Malaria in India - Number 2
Disease focus: Malaria
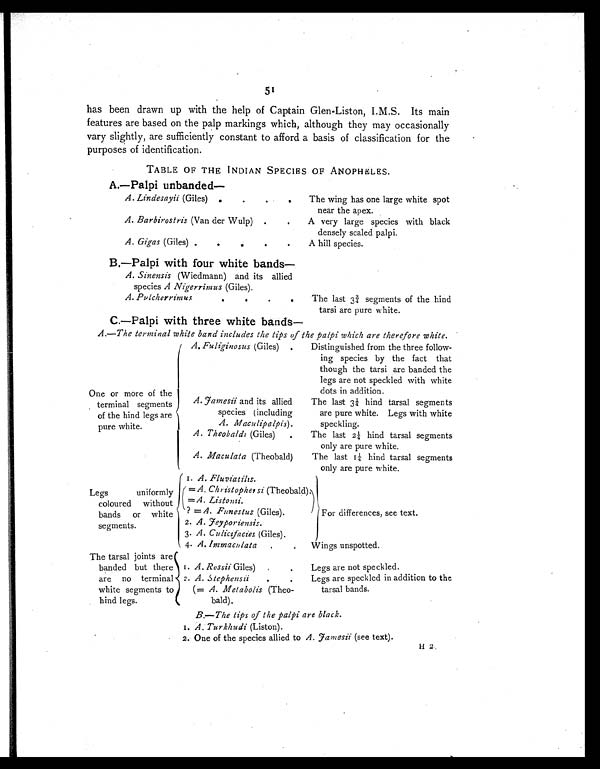
51
has been drawn up with the help of Captain Glen-Liston, I.M.S. Its main
features are based on the palp markings which, although they may occasionally
vary slightly, are sufficiently constant to afford a basis of classification for the
purposes of identification.
TABLE OF THE INDIAN SPECIES OF ANOPHELES.
A.—Palpi unbanded
—
A. Lindesayii (Giles) ..
.
The wing has one large white spot
near the apex.
A. Barbirostris (Van der Wulp) .
A very large species with black
densely scaled palpi.
A. Gigas (Giles) .
A hill species.
B.—Palpi with four white band s —
A. Sinensis (Wiedmann) and its allied
species A Nigerrimus (Giles).
A. Pulcherrimus .
.
.
The last 3¾ segments of the hind
tarsi are pure white.
C.—Palpi with three white bands
—
A .— The terminal white band includes the tips of the palpi which are therefore white .
A. Fuliginosus (Giles) .
Distinguished from the three follow-
ing species by the fact that
though the tarsi are banded the
legs are not speckled with white
dots in addition.
One or more of the
terminal
s e g m e n t s o f t h e h i n d l e g s a r
e pure white.
A. famesii and its allied
species (including
A. Maculipalpis ).
The last 3¼ hind tarsal segments
are pure white. Legs with white
speckling.
A. Theobaldi (Giles) .
The last 2¼ hind tarsal segments
only are pure white.
A. Maculata (Theobald)
The last 1¼ hind tarsal segments
only are pure white.
Legs uniformly
coloured without
bands or white
segments
1. A . Fluviatilis.
For differences, see text.
= A. Christophersi (Theobald).
=
A
.
L i s t o m i
.
? = A . Funestus (Giles).
2. A . feyporiensis.
3. A . Culicifacies (Giles).
4. A . Immaculata .
. Wings unspotted.
The tärsal joints are
banded but there
are no terminal
white segments to
hind legs.
1. A. Rossii Giles).
.
Legs are not speckled.
2. A . Stephensii
.
Legs are speckled in addition to the
tarsal bands.
(= A . Metabolis (Theo-
bald).
B.— The tips of the palpi are black.
1 .
A . T u r k h u d i
( L i s t o n ) .
2. One of the species allied to A . famesii (see text).
H
2